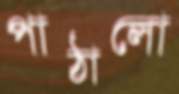
পাঠালো